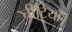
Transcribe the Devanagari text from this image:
चीटियाँ।